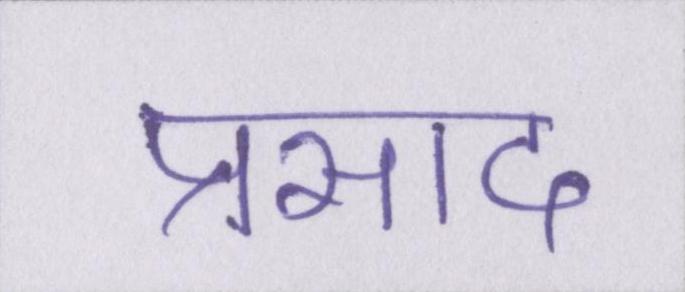
प्रसाद